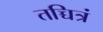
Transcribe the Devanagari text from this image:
तच्चित्रं